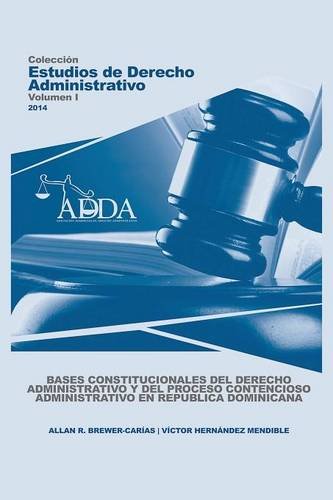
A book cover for BASES CONSTITUCIONALES DEL DERECHO ADMINISTRATIVO Y DEL PROCESO CONTENCIOSO ADMINISTRATIVO EN REPUBLICA DOMINICANA (Spanish Edition); Allan R. Brewer-CarÃ­as; Law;